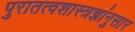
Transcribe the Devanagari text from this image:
पुरातत्वशास्त्रज्ञांनुसार